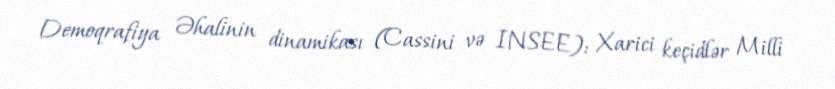
Demoqrafiya Əhalinin dinamikası (Cassini və INSEE): Xarici keçidlər Milli